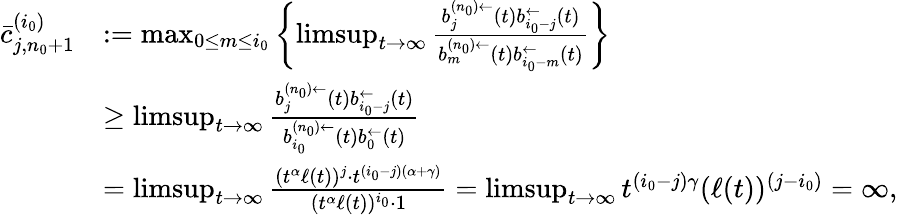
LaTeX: \begin{array}{rl}{\bar{c}_{j,n_{0}+1}^{(i_{0})}}&{:=\operatorname*{max}_{0\le m\le i_{0}}\left\{ \operatorname*{limsup}_{t\to\infty}\frac{b_{j}^{(n_{0})\leftarrow}(t)b_{i_{0}-j}^{\leftarrow}(t)}{b_{m}^{(n_{0})\leftarrow}(t)b_{i_{0}-m}^{\leftarrow}(t)}\right\} }\\ &{\ge\operatorname*{limsup}_{t\to\infty}\frac{b_{j}^{(n_{0})\leftarrow}(t)b_{i_{0}-j}^{\leftarrow}(t)}{b_{i_{0}}^{(n_{0})\leftarrow}(t)b_{0}^{\leftarrow}(t)}}\\ &{=\operatorname*{limsup}_{t\to\infty}\frac{(t^{\alpha}\ell(t))^{j}\cdot t^{(i_{0}-j)(\alpha+\gamma)}}{(t^{\alpha}\ell(t))^{i_{0}}\cdot 1}=\operatorname*{limsup}_{t\to\infty}t^{(i_{0}-j)\gamma}(\ell(t))^{(j-i_{0})}=\infty,}\end{array}